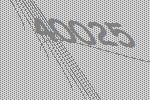
40025